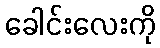
ခေါင်းလေးကို